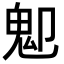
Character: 𩱺